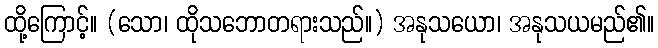
ထို့ကြောင့်။ (သော၊ ထိုသဘောတရားသည်။) အနုသယော၊ အနုသယမည်၏။